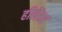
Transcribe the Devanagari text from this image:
हॉलेंडर